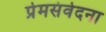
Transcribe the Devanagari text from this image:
प्रेमसंवेदना